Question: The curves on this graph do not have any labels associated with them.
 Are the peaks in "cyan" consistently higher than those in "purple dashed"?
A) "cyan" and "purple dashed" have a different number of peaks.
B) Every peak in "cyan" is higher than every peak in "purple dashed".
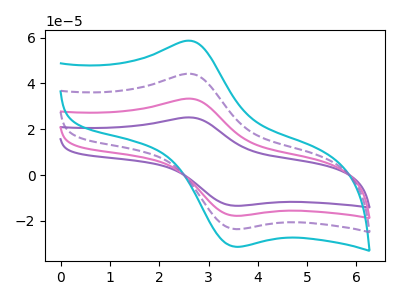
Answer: <think>The purple curve "purple" has an anodic peak at (2.70V, 132.25uA) and a cathodic peak at (3.55V, -70.80uA). The pink curve "pink" has an anodic peak at (2.70V, 88.15uA) and a cathodic peak at (3.55V, -47.20uA). The cyan curve "cyan" has an anodic peak at (2.70V, 58.45uA) and a cathodic peak at (3.55V, -31.30uA). The purple dashed curve "purple dashed" has an anodic peak at (2.70V, 44.10uA) and a cathodic peak at (3.55V, -23.60uA).</think>
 <answer>B) Every peak in "cyan" is higher than every peak in "purple dashed".</answer>
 <eval>B</eval>